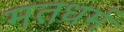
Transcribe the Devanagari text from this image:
मतधर्म